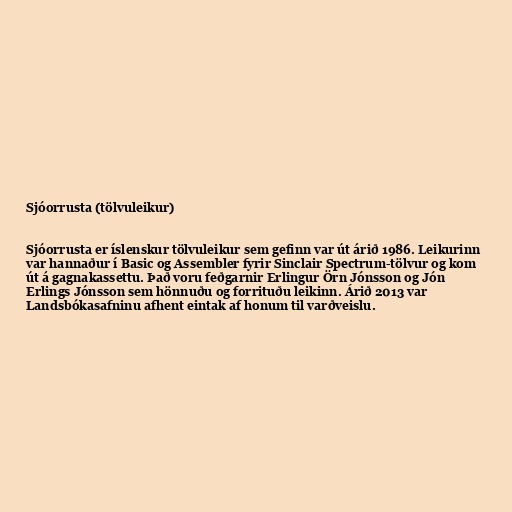
Sjóorrusta (tölvuleikur)

Sjóorrusta er íslenskur tölvuleikur sem gefinn var út árið 1986. Leikurinn
var hannaður í Basic og Assembler fyrir Sinclair Spectrum-tölvur og kom
út á gagnakassettu. Það voru feðgarnir Erlingur Örn Jónsson og Jón
Erlings Jónsson sem hönnuðu og forrituðu leikinn. Árið 2013 var
Landsbókasafninu afhent eintak af honum til varðveislu.